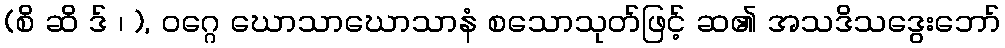
(စိ ဆိ ဒ် ၊ ), ဝဂ္ဂေ ဃောသာဃောသာနံ စသောသုတ်ဖြင့် ဆ၏ အသဒိသဒွေးဘော်